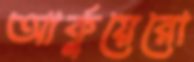
আর্কুয়েরো